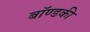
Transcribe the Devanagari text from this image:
बॉण्डकी